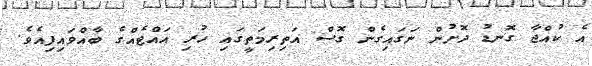
އެ ކުއްޖާ ގޮނޑު ދޮށުން ނަގައިގެން ގޮސް އަތިރިމަތީގައި ހުރި އައްޓެއްގެ ބާއްވައިފިއެވެ.